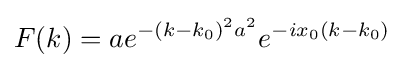
F(k)=ae^{-(k-k_{0})^{2}a^{2}}e^{-ix_{0}(k-k_{0})}